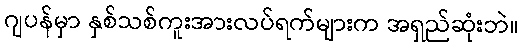
ဂျပန်မှာ နှစ်သစ်ကူးအားလပ်ရက်များက အရှည်ဆုံးဘဲ။